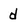
Character: d